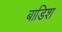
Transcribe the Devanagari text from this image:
बाडिश